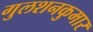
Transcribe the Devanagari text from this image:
गुलशनकुमार